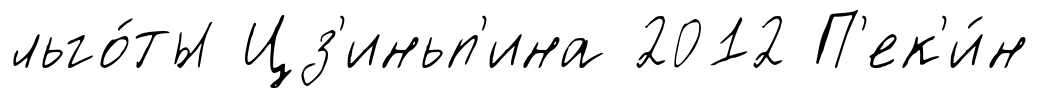
льго́ты Цз'иньп'ина 2012 П'ек'и́н